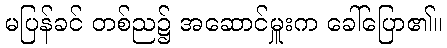
မပြန်ခင် တစ်ည၌ အဆောင်မှူးက ခေါ်ပြော၏။